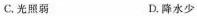
C.光照弱 D.降水少